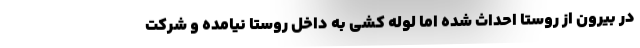
در بیرون از روستا احداث شده اما لوله کشی به داخل روستا نیامده و شرکت